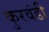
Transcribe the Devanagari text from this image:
कुरवंडी